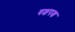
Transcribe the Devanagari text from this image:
वक्षपश्च